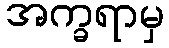
အက္ခရာမှ